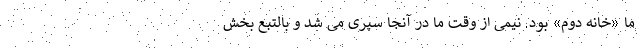
ما «خانه دوم» بود. نیمی از وقت ما در آنجا سپری می شد و ‌بالتبع بخش